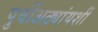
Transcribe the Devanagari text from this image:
पुर्वीअठ्यांयशीं